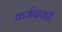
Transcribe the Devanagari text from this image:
कर्जदारही